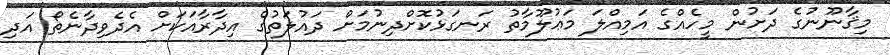
މިޤާނޫނުގެ ދަށުން މީހެއްގެ އަމިއްލަ މަޢުލޫމާތު ރަނގަޅުކޮށްދިނުމަށް ދައުލަތުގެ އިދާރާއަކަށް އެދެވިދާނެތޯ އަދި